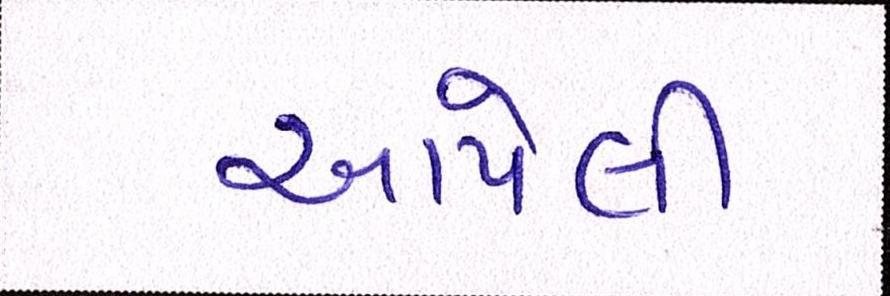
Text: આપેલી